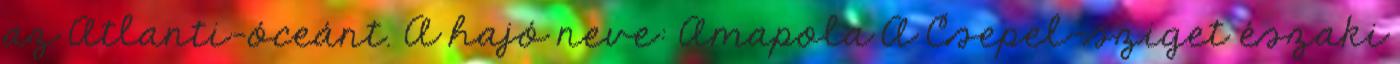
az Atlanti-óceánt. A hajó neve: Amapola A Csepel-sziget északi